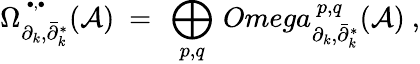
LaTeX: \Omega_{\partial_{k},\bar{\partial}_{k}^{*}}^{\, ^{\bullet,\bullet}}({\mathcal A})\ =\ \displaystyle\bigoplus_{p,q}\, Omega_{\partial_{k},\bar{\partial}_{k}^{*}}^{\ p,q}({\mathcal A})\ ,